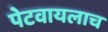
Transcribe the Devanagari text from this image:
पेटवायलाच